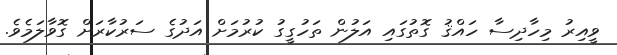
ވީއިރު މިހާދިސާ ހައްޤު ގޮތުގައި އަލުން ތަހުގީގު ކުރުމަށް އަދުގެ ސަރުކާރަށް ގޮވާލަމެވެ.